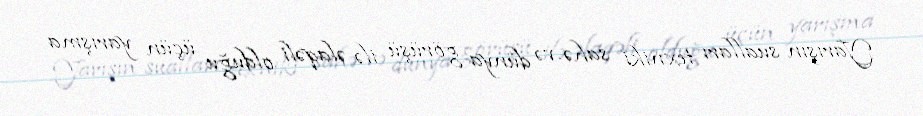
Yarışın sualları texniki sahə və dünya görüşü ilə əlaqəli olduğu üçün yarışma